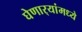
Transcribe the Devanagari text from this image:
घेणार्‍यांमध्ये